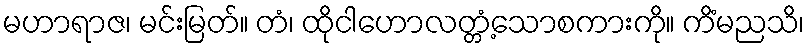
မဟာရာဇ၊ မင်းမြတ်။ တံ၊ ထိုငါဟောလတ္တံ့သောစကားကို။ ကိံမညသိ၊